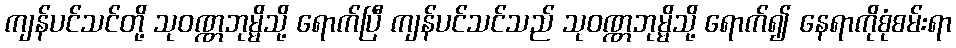
ကျန်ပင်သင်တို့ သုဝဏ္ဏဘုမ္မိသို့ ရောက်ပြီ ကျန်ပင်သင်သည် သုဝဏ္ဏဘုမ္မိသို့ ရောက်၍ နေရာကိုစုံစမ်းရာ